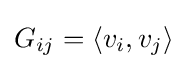
G_{ij}=\left\langle v_{i},v_{j}\right\rangle